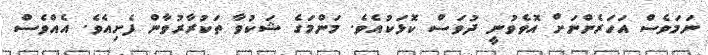
ނަމަވެސް އަހަރެންނަށް އޮވެވުނީ ދުވަސް ކޮޅަކުއެވެ. މަންމަގެ ޝަކުވާ ތަކުރާރުވާން ފެށިއެވެ. އެއްވެސް